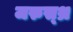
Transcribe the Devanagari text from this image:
जरुस्थ्र